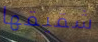
شقيقها